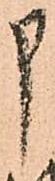
申